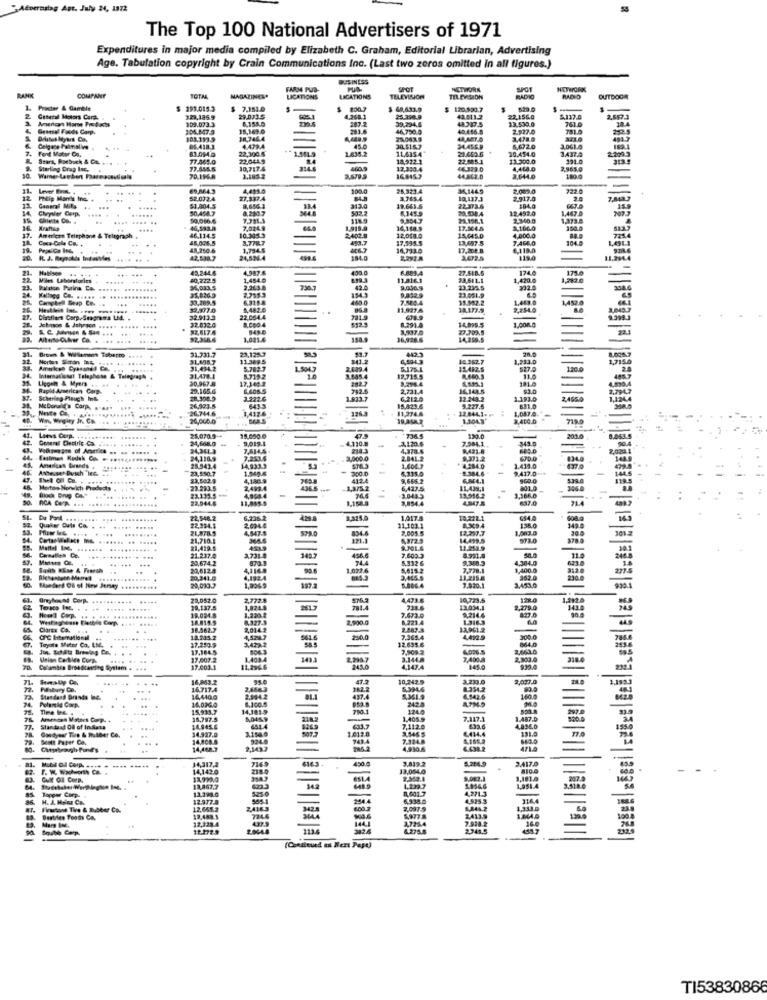
Advernslag Apt. July 24, 1372
The Top 100 National Advertisers of 1971
Expenditures in major media compiled by Elizabeth C. Graham, Editorial Librarian, Advertising
Age. Tabulation copyright by Crain Communications Inc. (Last two zeros omitted in all figures.)
BUSINESS
FARM PUS-
SPOT
NETWORK
SPOT
OUTDOOR
RANK
COMPANY
TOTAL
MAGAZINES*
LICATIONS
LICATIONS
TELEVISION
TELEVISION
RADIO
Procter & Gamble
293.015.3
$ 7.151.0
$ 60,633.9
$ 120.000.7
529
-
General Motors Corp.
109.073.3
329,186.9
29.0715
6.155.5
207.2
39.294.6
40.011.2
44987.5
22,156.0
13.539.0
5137.4
761.0
2,557.3
38.4
Gramsel Foods Corp.
301.847.3
15,169.0
283.6
46.750.0
40.456.8
2.927.0
781.8
Drlitet Myers Co.
18,746.4
270438
3,478.9
343.0
Celgene Palinial ve
Font Mater Co.
83.094.0
05.438.1
1.479.4
22,300.5
1.835.2
41.6
30.515.7
11,635.4"
21.659.6
10.454.0
5,672.0
2209.3
189.1
Sears, Roebuck & Co.
77.865.0
22.0415
14,522.2
22.585.1
13.300.0
391.0
Sterling Brug Inc.
77.555.5
30,717.4
12.390.4
4,468.0
2,965,0
70,1968
2.6793
16.8457
44.862.0
2,644.0
180.0
---
69,864.3
4,415.0
-
100.0
28,323.4
36,1449
2.089.0
722 0
12 Philip Man's Inc.
52.072.4
27.337.4
D'ELE
3.765.4
10,137.3
2.917.0
General Mila
Chrysler Corp.
.. .....
90.454.7
$1.804.5
8,654.3
8.280.7
19.661.5
20.538.4
22.373.6
12.492.0
$84.0
1,467.0
....
118.9
21.196,1
2.340.0
1,373.8
46,593.8
7.0349
17.504.5
1,1600
American Telephone & Teltgrach
Coca Cola Co.
46.134.5
45.006.5
10.345.3
3.778.7
2.402.0
490.7
12,008.0
177595.5
15445.0
13097.5
4,000.0
7 AGO
48,250.6
3,794.5
-
14,733.0
6,1190
......
42,538.7
24,534.4
184.0
2,292.
3.02.5
119.0
11,294
... ...
43,244.6
4.987.6
438.0
6.889.A
27.618.5
174.0
175.0
Miles Laborsforin
.....
40,222 5
1,484.0
11.816.1
33.611.1
1,420 0
1,282.0
34,003.5
2.26.3.8
2,255.3
1343
23.235.5
332.0
Chry bel Beap Co. ..
. .....
......
33.269.5
6.315.8
460.0
7.500.4
9.832.9
23.061.99
15.952.2
1,463.0
1.452.0
22.997.0
0,482.0
11,9974
34.177.5
2,254.0
3,049
Disellers Corp. Seagrams Led.
32.913.3
32.832.9
22.054.4
678.9
82.617.4
8,291.4
3,937.0
14,899.5
3,000.0
-
$2.3684
1.021.4
16,928.6
14,259.5
31.731.7
23,125.7
442.3
11.389 5
241.2
6,59-43
10.062.7
1,233.0
1,7154
31,434.2
5.782-7
2.639.4
5175.4
527.0
120
Internatisont Telephone & Telegraph
31.478.4
30.967.R
17,146 3
5.71,2
10
3.885.4
12.715.5
8.298.4
11.
-
Rapid American Corp
29.165.6
6.608.5
2,731.4
Schering Plauch Int
28.300.9
3.222-6
1.833.7
6,212.0
12 243.2
1.193.0
2,465.0
McDonalds Com, sagt
26.923.5
26.744.6
643.3
15.823.6
11.274.6
12.8441-
5.227.5
1.087.0.
611.0
Win, Wegity Jr. Co.
26,000.0
719.0
15.650.0
Les Corp. ........***
34,668.0 4.
25,0709-
3,019.4
7365
4120.6
7.584.1.
130.0
343.0
24,361.3
4,378.6
9431.8
24,116.9
7.253.4
2,000.0
2.841.2
670.0
Antesset Busch Weo.
23.550.7
28.943.4
300.0
*4.584.0
8.384.6.
1.439.0
9.417.0+
637.0
4,180.9
4124
5,315.0
9,666.2
539.0
Martes Norwich Products .
-23.293.5
23,132.5+*
2,493.4
La/s
6,427.5
11.439;1
801.0
346.4
22,944.6
11,005.5
4,994.4
3,854.4
13.556.2
3,366.0
21.4
.....
22,546.2
5,2352
1,017.8
18,222.1
654.4
138.0
.. ... .........
21,578.5
22,994.4
2,694.4
4,547.5
575.0
834-6
11.103.1
2,005.5
12.297.7
1,003.0
21,710.1
-
A372.3
14.459.5
973.0
21.237.0
21,419.5
11.253.9
....
20,674.2
1457
49A.
5.332 6
7.600 3
9.348.3
4,384.0
22,6124
74A
4615.2
7.778.1
1,400.0
277-
20,341.0
3,445.5
3.453.0
230.4
SAunders Of of New Jersey
20,0105
5.006.4
22,052.0
2,772
4,433.6
10,723.5
122.4
39,137.5
781.4
738.6
13034.1
2,279.0
827.0
343.4
........
19.024.8
18.814.5
1,220. 2
8.327.3
2,900.0
7.673.0
8.223.4
8,214.4
1.316.3
Chorta Ch. ...
18.562.7
2,01.4.2
2.887.3
Toyota Motor Co. LIC.
14,205.2
17.250.9
250.0
12.695.6
7.365.4
4,4929
300.0
17.164.5
34222
7,909-2
4026.5
2,663.0
Union Cortiles Corp.
17,607.2
2.MA7
3.144.A
7,4002
2,302.0
20.
....
17.003.1
4,147.4
7L
...... ....
16,863.2
10,242-9
3.233.0
2,037.0
16.717.4
5,3946
8351.2
Standand Brands Inc.
...
14,410.0
16.032.0
6.100.4
20042
5,361.9
3428
160.0
15,933.7
14,1819
124.0
18.797.5
1.4059
1.487.D
Standaad Of of Inddata
.- 4
14.927.0
14.945.6
691.4
7,112.0
€-44.4
6.33.6
131.0
1350
Doett Paper Co.
...
14.808.8
14,468.7
4,930.6
6.638.2
14,317,2
430.0
3.819.2
3.417.0
14,142.0
13,054.0
CAM OR COPD.
13,992.0
9.082.1
207.0
Tappar Corps
12,467.3
13.398.0
0,001.7
1.054.6
4,271.3
1,951.4
-
H. J. Hoita Ca.
12.977.8
6.938.0
4.925.3
316.4
Fiatund Tire & Rubber Co.
12,665.2
2.097.5
5,244.2
1,333.0
12,488.1
12,339.4
7.978.2
2413.9
1.244.5
-
17.172.9
2345.5
(Continued en Bert Page)
TI53830866